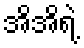
အိအိရဲ့